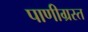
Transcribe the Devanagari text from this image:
पाणीग्रस्त